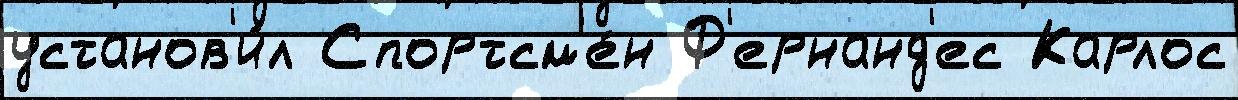
установ'и́л Спортсм'е́н Ф'ернанд'ес Карлос